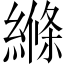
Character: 縧